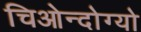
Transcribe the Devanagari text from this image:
चिओन्दोग्यो